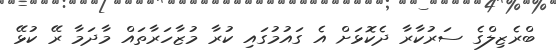
ބްރެޒިލްގެ ސަރުކާރާ ދެކޮޅަށް އެ ގައުމުގައި ކުރާ މުޒާހަރާތައް މާދަމާ ރޭ ކުޅޭ